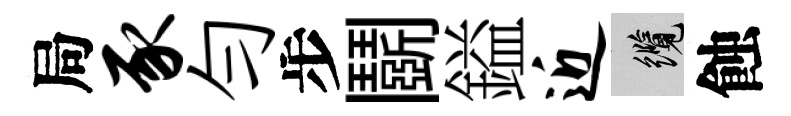
局豕勻步鬬鎰近纜蝕